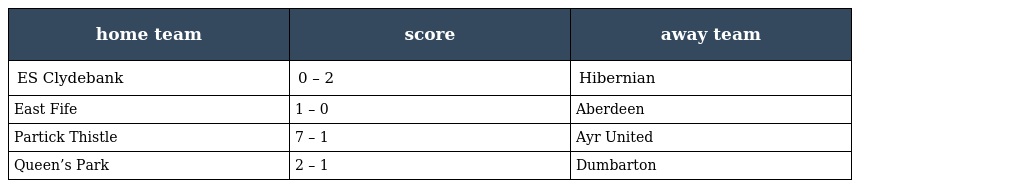
| home team | score | away team |
 | --- | --- | --- |
 | ES Clydebank | 0 – 2 | Hibernian |
 | East Fife | 1 – 0 | Aberdeen |
 | Partick Thistle | 7 – 1 | Ayr United |
 | Queen’s Park | 2 – 1 | Dumbarton |